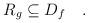
LaTeX: \begin{align*}R_g\subseteq D_f \quad.\end{align*}